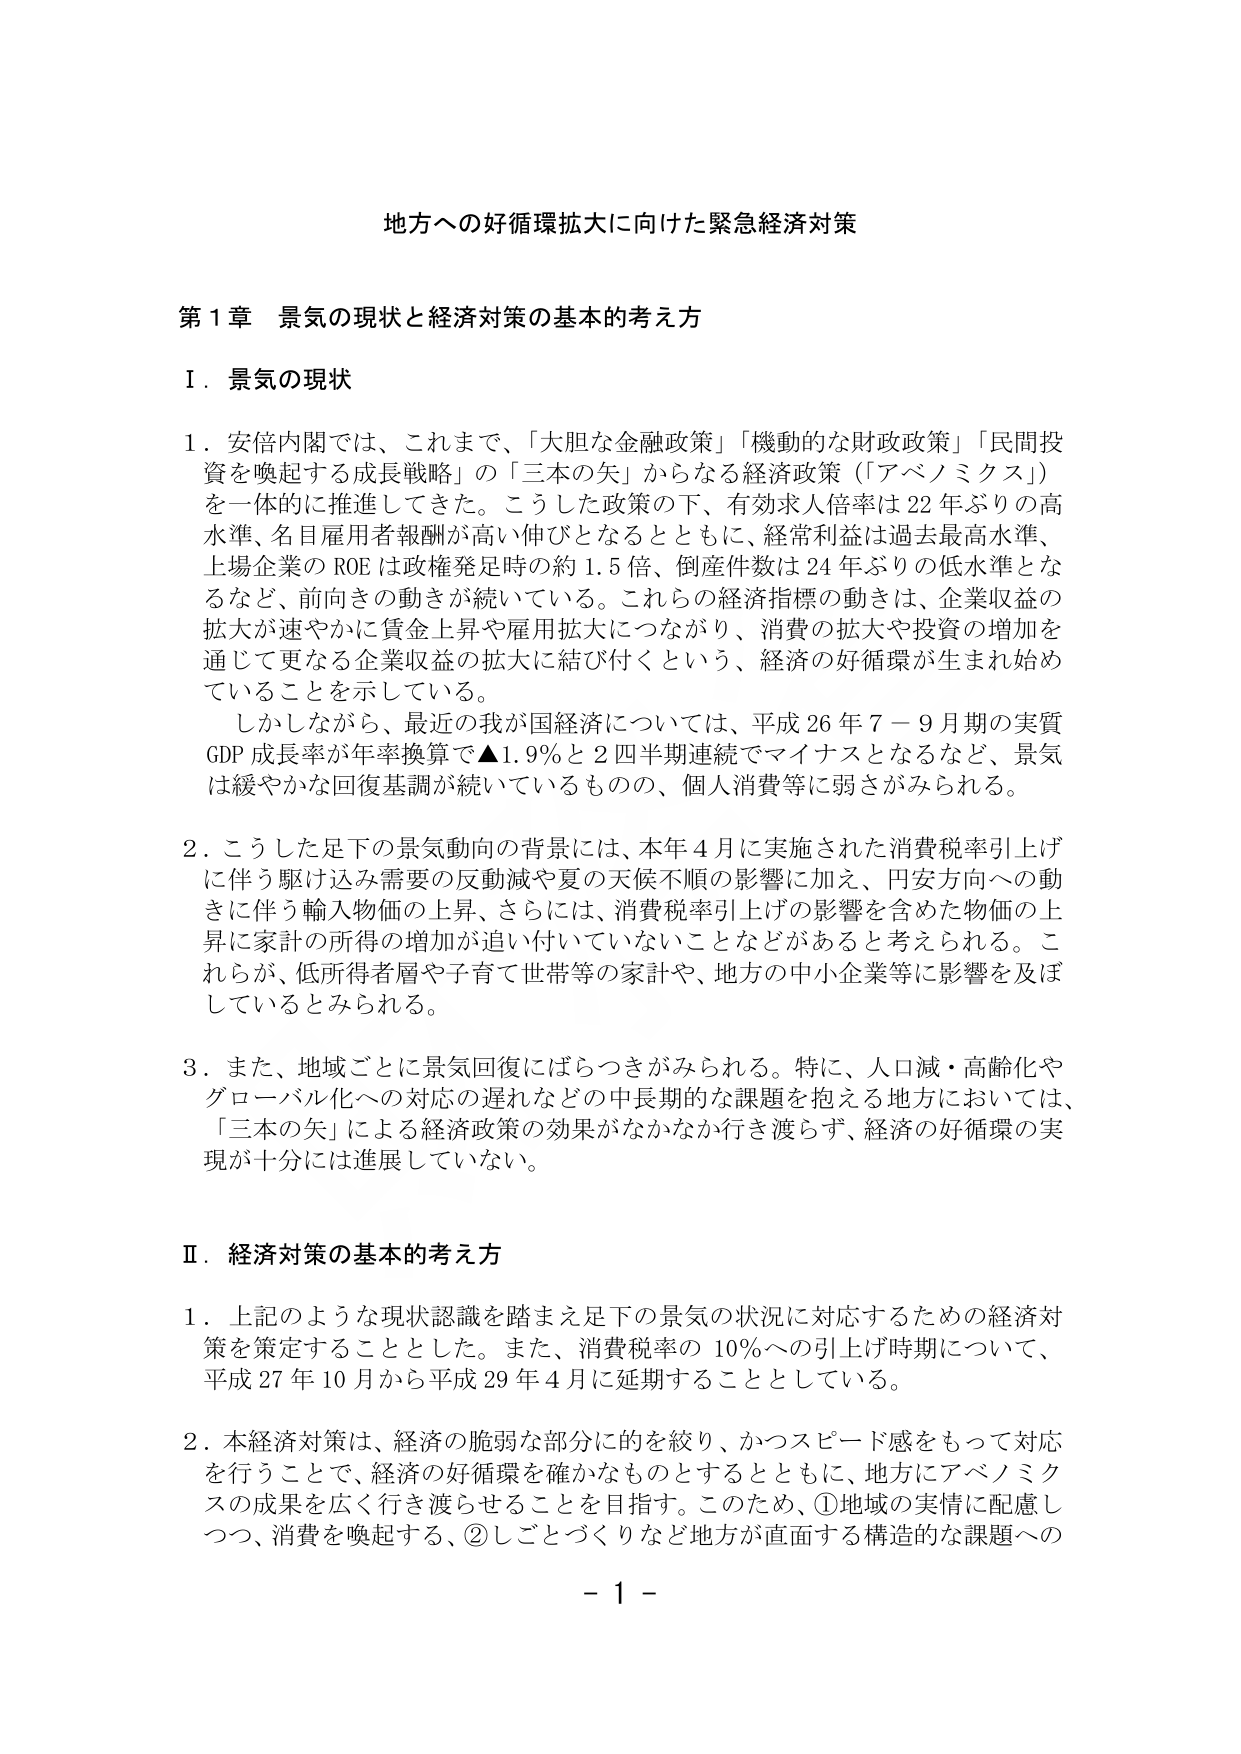
地方への好循環拡大に向けた緊急経済対策

第１章 景気の現状と経済対策の基本的考え方

Ⅰ．景気の現状

１．安倍内閣では、これまで、「大胆な金融政策」「機動的な財政政策」「民間投資を喚起する成長戦略」の「三本の矢」からなる経済政策（「アベノミクス」）を一体的に推進してきた。こうした政策の下、有効求人倍率は22年ぶりの高水準、名目雇用者報酬が高い伸びとなるとともに、経常利益は過去最高水準、上場企業のROEは政権発足時の約1.5倍、倒産件数は24年ぶりの低水準となるなど、前向きの動きが続いている。これらの経済指標の動きは、企業収益の拡大が速やかに賃金上昇や雇用拡大につながり、消費の拡大や投資の増加を通じて更なる企業収益の拡大に結び付くという、経済の好循環が生まれ始めていることを示している。

　しかしながら、最近の我が国経済については、平成26年7－9月期の実質GDP成長率が年率換算で▲1.9％と2四半期連続でマイナスとなるなど、景気は緩やかな回復基調が続いているものの、個人消費等に弱さがみられる。

２．こうした足下の景気動向の背景には、本年4月に実施された消費税率引上げに伴う駆け込み需要の反動減や夏の天候不順の影響に加え、円安方向への動きに伴う輸入物価の上昇、さらには、消費税率引上げの影響を含めた物価の上昇に家計の所得の増加が追い付いていないことなどがあると考えられる。これらが、低所得者層や子育て世帯等の家計や、地方の中小企業等に影響を及ぼしているとみられる。

３．また、地域ごとに景気回復にばらつきがみられる。特に、人口減・高齢化やグローバル化への対応の遅れなどの中長期的な課題を抱える地方においては、「三本の矢」による経済政策の効果がなかなか行き渡らず、経済の好循環の実現が十分には進展していない。

Ⅱ．経済対策の基本的考え方

１．上記のような現状認識を踏まえ足下の景気の状況に対応するための経済対策を策定することとした。また、消費税率の10％への引上げ時期について、平成27年10月から平成29年4月に延期することとしている。

２．本経済対策は、経済の脆弱な部分に的を絞り、かつスピード感をもって対応を行うことで、経済の好循環を確かなものとするとともに、地方にアベノミクスの成果を広く行き渡らせることを目指す。このため、①地域の実情に配慮しつつ、消費を喚起する、②しごとづくりなど地方が直面する構造的な課題への

－１－